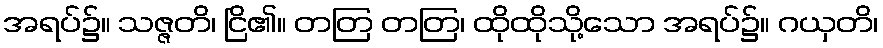
အရပ်၌။ သဇ္ဇတိ၊ ငြိ၏။ တတြ တတြ၊ ထိုထိုသို့သော အရပ်၌။ ဂယှတိ၊